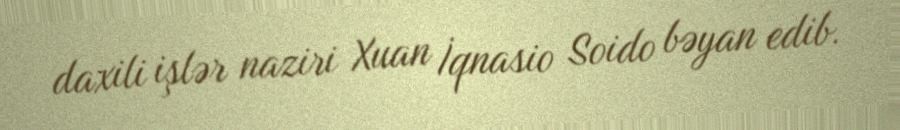
daxili işlər naziri Xuan İqnasio Soido bəyan edib.